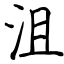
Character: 沮